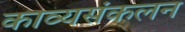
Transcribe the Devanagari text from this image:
काव्यसंकलन